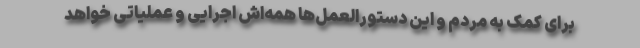
برای کمک به مردم و این دستورالعمل‌ها همه‌اش اجرایی و عملیاتی خواهد